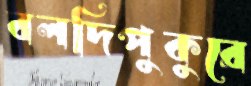
বলদিপুকুরে